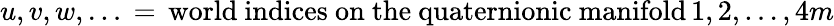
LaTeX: u,v,w,\dots\, =\, \mathrm{world~indices~on~the~quaternionic~manifold}\, 1,2,\dots,4m